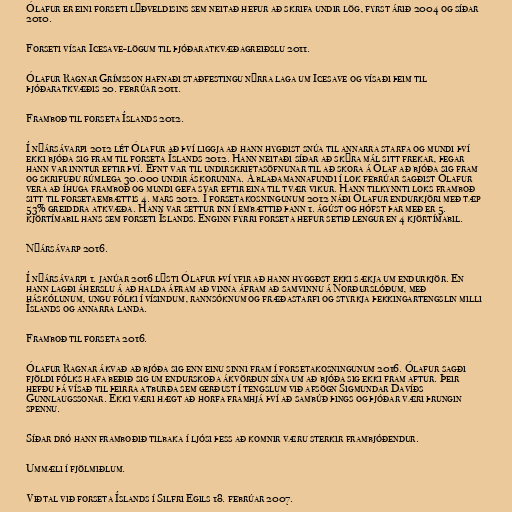
Ólafur er eini forseti lýðveldisins sem neitað hefur að skrifa undir lög, fyrst árið 2004 og síðar
2010.

Forseti vísar Icesave-lögum til þjóðaratkvæðagreiðslu 2011.

Ólafur Ragnar Grímsson hafnaði staðfestingu nýrra laga um Icesave og vísaði þeim til
þjóðaratkvæðis 20. febrúar 2011.

Framboð til forseta Íslands 2012.

Í nýársávarpi 2012 lét Ólafur að því liggja að hann hygðist snúa til annarra starfa og mundi því
ekki bjóða sig fram til forseta Íslands 2012. Hann neitaði síðar að skýra mál sitt frekar, þegar
hann var inntur eftir því. Efnt var til undirskriftasöfnunar til að skora á Ólaf að bjóða sig fram
og skrifuðu rúmlega 30.000 undir áskorunina. Á blaðamannafundi í lok febrúar sagðist Ólafur
vera að íhuga framboð og mundi gefa svar eftir eina til tvær vikur. Hann tilkynnti loks framboð
sitt til forsetaembættis 4. mars 2012. Í forsetakosningunum 2012 náði Ólafur endurkjöri með tæp
53% greiddra atkvæða. Hann var settur inn í embættið þann 1. ágúst og hófst þar með er 5.
kjörtímabil hans sem forseti Íslands. Enginn fyrri forseta hefur setið lengur en 4 kjörtímabil.

Nýársávarp 2016.

Í nýársávarpi 1. janúar 2016 lýsti Ólafur því yfir að hann hyggðst ekki sækja um endurkjör. En
hann lagði áherslu á að halda áfram að vinna áfram að samvinnu á Norðurslóðum, með
háskólunum, ungu fólki í vísindum, rannsóknum og fræðastarfi og styrkja þekkingartengslin milli
Íslands og annarra landa.

Framboð til forseta 2016.

Ólafur Ragnar ákvað að bjóða sig enn einu sinni fram í forsetakosningunum 2016. Ólafur sagði
fjöldi fólks hafa beðið sig um endurskoða ákvörðun sína um að bjóða sig ekki fram aftur. Þeir
hefðu þá vísað til þeirra atburða sem gerðust í tengslum við afsögn Sigmundar Davíðs
Gunnlaugssonar. Ekki væri hægt að horfa framhjá því að sambúð þings og þjóðar væri þrungin
spennu.

Síðar dró hann framboðið tilbaka í ljósi þess að komnir væru sterkir frambjóðendur.

Ummæli í fjölmiðlum.

Viðtal við forseta Íslands í Silfri Egils 18. febrúar 2007.